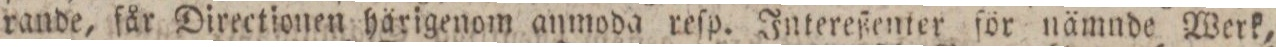
rande, får Directionen härigenom anmoda reſp. Intereßenter för nämnde Werk,